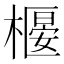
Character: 𣚼